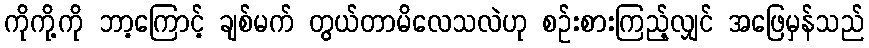
ကိုကို့ကို ဘာ့ကြောင့် ချစ်မက် တွယ်တာမိလေသလဲဟု စဉ်းစားကြည့်လျှင် အဖြေမှန်သည်